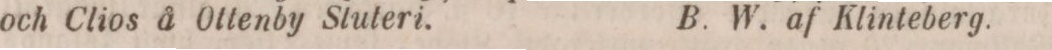
och Clios å Ottenby Stuteri.    B. W. af Klinteberg.